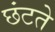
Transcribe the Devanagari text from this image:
छंटते